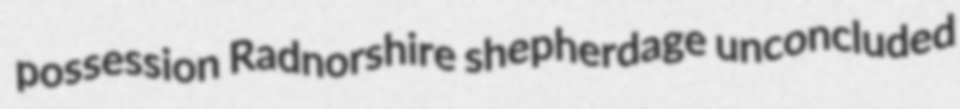
possession Radnorshire shepherdage unconcluded